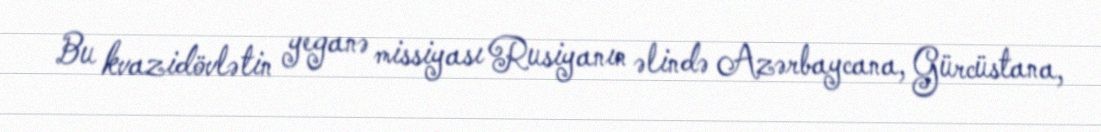
Bu kvazidövlətin yeganə missiyası Rusiyanın əlində Azərbaycana, Gürcüstana,